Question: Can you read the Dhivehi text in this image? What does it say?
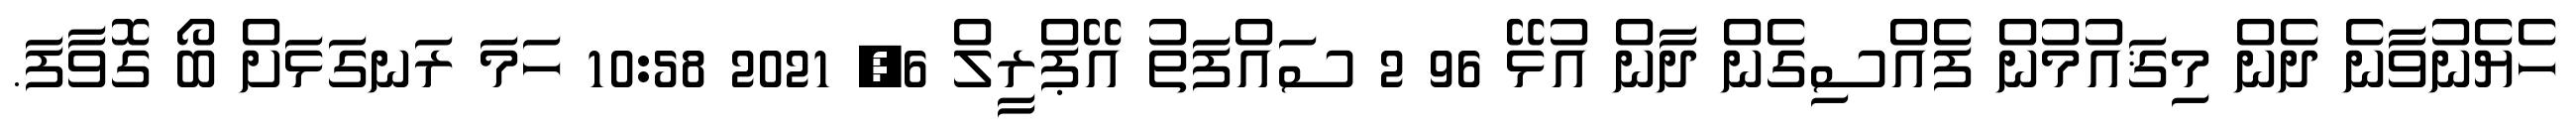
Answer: ހެޔެނުވާނެ ދެން މިޤައުމުން ފެއްސިގެން ދާން އުޅޭ 96 2 ސައްފަތު އޭޕްރީލް 6, 2021 10:58 ހަމަ ރަނގަޅަށް ބޯ ގޮވާފަ.